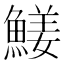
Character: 𩹖